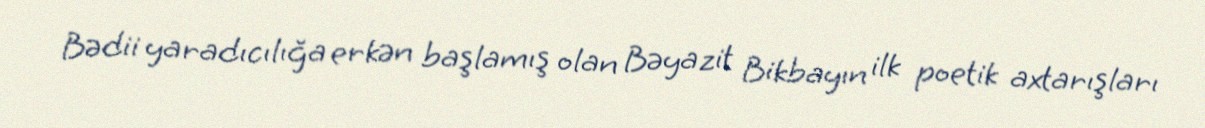
Bədii yaradıcılığa erkən başlamış olan Bəyazit Bikbayın ilk poetik axtarışları